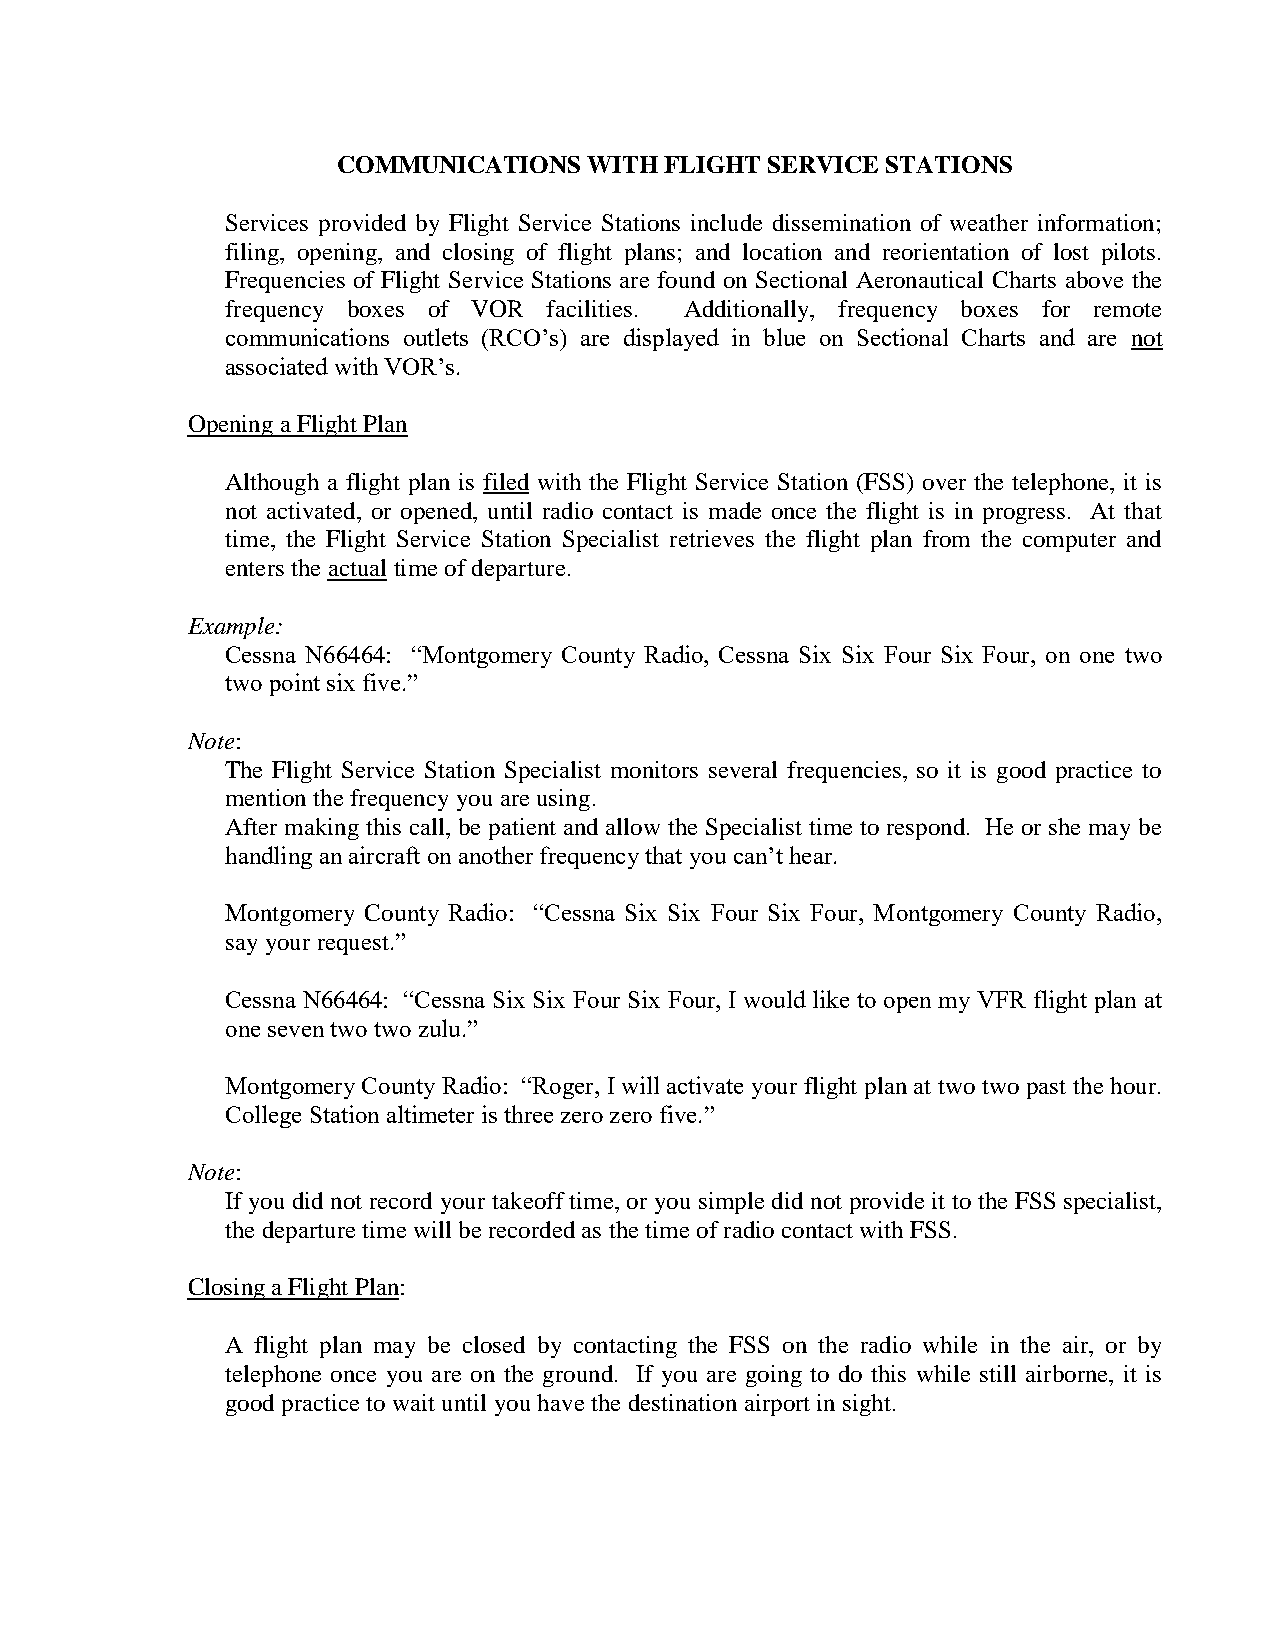
COMMUNICATIONS   WITH FLIGHT SERVICE STATIONS
 Services provided by Flight Service Stations include dissemination of weather information;
 filing, opening, and closing of flight plans; and location and reorientation of lost pilots.
 Frequencies of Flight Service Stations are found on Sectional Aeronautical Charts above the
 frequency boxes of VOR facilities. Additionally, frequency boxes for remote
 communications outlets (RCO’s) are displayed in blue on Sectional Charts and are not
 associated with VOR’s.
 Opening a Flight Plan
 Although a flight plan is filed with the Flight Service Station (FSS) over the telephone, it is
 not activated, or opened, until radio contact is made once the flight is in progress. At that
 time, the Flight Service Station Specialist retrieves the flight plan from the computer and
 enters the actual time of departure.
 Example:
 Cessna N66464: “Montgomery County Radio, Cessna Six Six Four Six Four, on one two
 two point six five.”
 Note:
 The Flight Service Station Specialist monitors several frequencies, so it is good practice to
 mention the frequency you are using.
 After making this call, be patient and allow the Specialist time to respond. He or she may be
 handling an aircraft on another frequency that you can’t hear.
 Montgomery County Radio: “Cessna Six Six Four Six Four, Montgomery County Radio,
 say your request.”
 Cessna N66464: “Cessna Six Six Four Six Four, I would like to open my VFR flight plan at
 one seven two two zulu.”
 Montgomery County Radio: “Roger, I will activate your flight plan at two two past the hour.
 College Station altimeter is three zero zero five.”
 Note:
 If you did not record your takeoff time, or you simple did not provide it to the FSS specialist,
 the departure time will be recorded as the time of radio contact with FSS.
 Closing a Flight Plan:
 A flight plan may be closed by contacting the FSS on the radio while in the air, or by
 telephone once you are on the ground. If you are going to do this while still airborne, it is
 good practice to wait until you have the destination airport in sight.